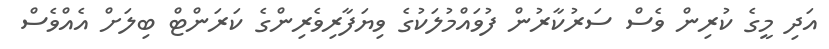
އަދި މީގެ ކުރިން ވެސް ސަރުކާރުން ފުވައްމުލަކުގެ ވިޔަފާރިވެރިންގެ ކަރަންޓް ބިލަށް އެއްވެސް